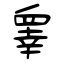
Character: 睾